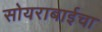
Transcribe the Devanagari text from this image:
सोयराबाईचा